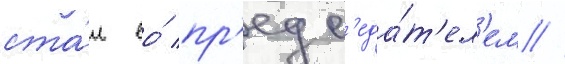
ста́л ео́ пр'едс'еда́т'ел'ем //